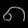
Digit: ၈